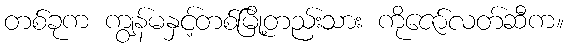
တစ်ခုက ကျွန်မနှင့်တစ်မြို့တည်းသား ကိုဇော်လတ်ဆီက။